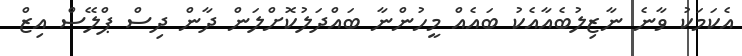
އެކަމަކު ވާނެ ނާޒިލުބެއާއެކު ބައެއް މީހުންނާ ބައްދަލުކޮށްލަން ދާން ދިސް ޕްލޭސް އިޒް